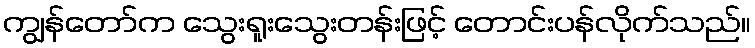
ကျွန်တော်က သွေးရူးသွေးတန်းဖြင့် တောင်းပန်လိုက်သည်။